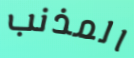
المذنب